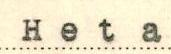
Heta